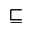
\sqsubseteq